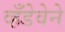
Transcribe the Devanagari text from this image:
व्हँडेवेने